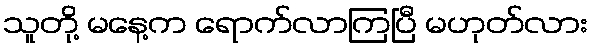
သူတို့ မနေ့က ရောက်လာကြပြီ မဟုတ်လား